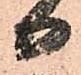
日